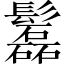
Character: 𩯹